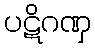
ပဋိဂဏှ